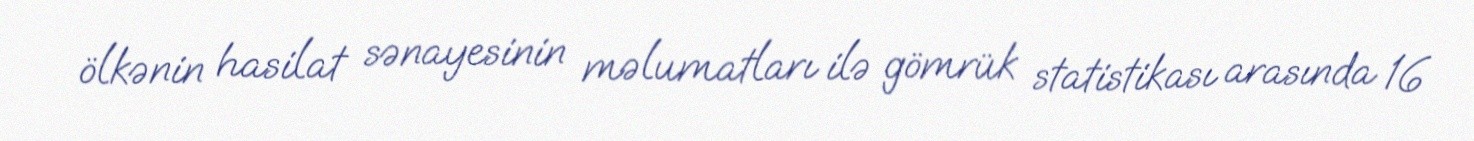
ölkənin hasilat sənayesinin məlumatları ilə gömrük statistikası arasında 16